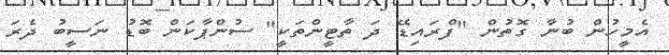
އެމީހުން ބުނާ ގޮތުން "ފްރައިޑޭ ދަ ތާޓީންތަކީ" ސުންޕާކަން ބޮޑު ނަސީބު ދެރަ